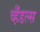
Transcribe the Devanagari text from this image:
व्हँडल्स